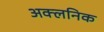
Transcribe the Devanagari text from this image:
अक्लनिक